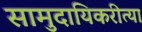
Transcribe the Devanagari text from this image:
सामुदायिकरीत्या